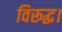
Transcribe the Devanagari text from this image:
विरूद्ध।